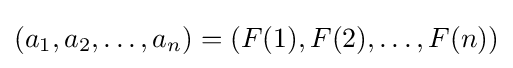
\left(a_{1},a_{2},\dots ,a_{n}\right)=\left(F(1),F(2),\dots ,F(n)\right)